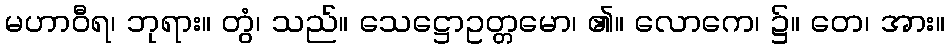
မဟာဝီရ၊ ဘုရား။ တွံ၊ သည်။ သေဋ္ဌောဥတ္တမော၊ ၏။ လောကေ၊ ၌။ တေ၊ အား။